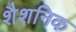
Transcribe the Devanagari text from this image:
शैशनिक